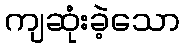
ကျဆုံးခဲ့သော